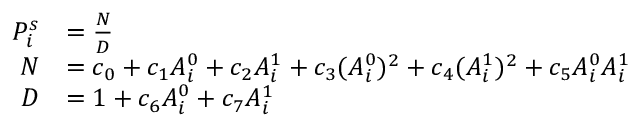
\begin{array} { r l } { P _ { i } ^ { s } } & { = \frac { N } { D } } \\ { N } & { = c _ { 0 } + c _ { 1 } A _ { i } ^ { 0 } + c _ { 2 } A _ { i } ^ { 1 } + c _ { 3 } ( A _ { i } ^ { 0 } ) ^ { 2 } + c _ { 4 } ( A _ { i } ^ { 1 } ) ^ { 2 } + c _ { 5 } A _ { i } ^ { 0 } A _ { i } ^ { 1 } } \\ { D } & { = 1 + c _ { 6 } A _ { i } ^ { 0 } + c _ { 7 } A _ { i } ^ { 1 } } \end{array}